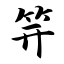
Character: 笄